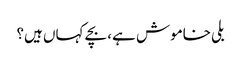
بلی خاموش ہے، بچے کہاں ہیں؟